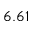
6 . 6 1